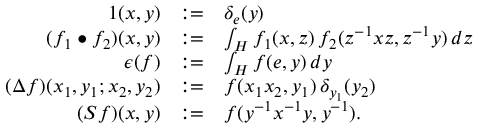
\begin{array} { r c l } { { 1 ( x , y ) } } & { { : = } } & { { \delta _ { e } ( y ) } } \\ { { ( f _ { 1 } \bullet f _ { 2 } ) ( x , y ) } } & { { : = } } & { { \int _ { H } f _ { 1 } ( x , z ) \, f _ { 2 } ( z ^ { - 1 } x z , z ^ { - 1 } y ) \, d z } } \\ { { \epsilon ( f ) } } & { { : = } } & { { \int _ { H } f ( e , y ) \, d y } } \\ { { ( \Delta f ) ( x _ { 1 } , y _ { 1 } ; x _ { 2 } , y _ { 2 } ) } } & { { : = } } & { { f ( x _ { 1 } x _ { 2 } , y _ { 1 } ) \, \delta _ { y _ { 1 } } ( y _ { 2 } ) } } \\ { { ( S f ) ( x , y ) } } & { { : = } } & { { f ( y ^ { - 1 } x ^ { - 1 } y , y ^ { - 1 } ) . } } \end{array}